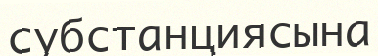
субстанциясына